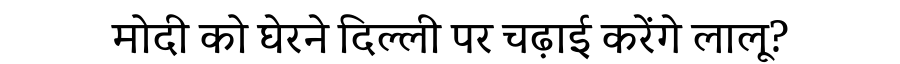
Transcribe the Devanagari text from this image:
मोदी को घेरने दिल्ली पर चढ़ाई करेंगे लालू?